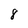
Character: 8